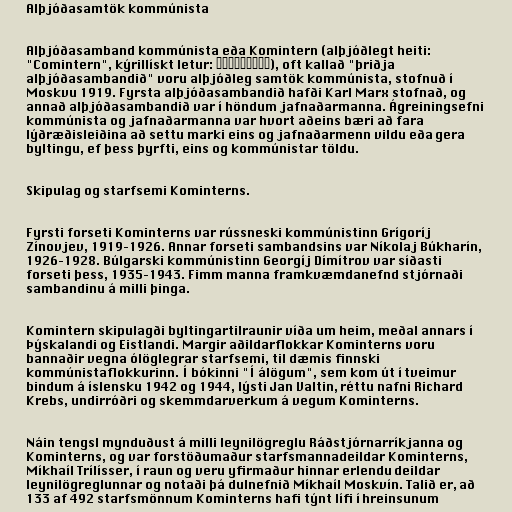
Alþjóðasamtök kommúnista

Alþjóðasamband kommúnista eða Komintern (alþjóðlegt heiti:
"Comintern", kýrillískt letur: Коминтерн), oft kallað "þriðja
alþjóðasambandið" voru alþjóðleg samtök kommúnista, stofnuð í
Moskvu 1919. Fyrsta alþjóðasambandið hafði Karl Marx stofnað, og
annað alþjóðasambandið var í höndum jafnaðarmanna. Ágreiningsefni
kommúnista og jafnaðarmanna var hvort aðeins bæri að fara
lýðræðisleiðina að settu marki eins og jafnaðarmenn vildu eða gera
byltingu, ef þess þyrfti, eins og kommúnistar töldu.

Skipulag og starfsemi Kominterns.

Fyrsti forseti Kominterns var rússneski kommúnistinn Grígoríj
Zínovjev, 1919–1926. Annar forseti sambandsins var Níkolaj Búkharín,
1926–1928. Búlgarski kommúnistinn Georgíj Dímítrov var síðasti
forseti þess, 1935–1943. Fimm manna framkvæmdanefnd stjórnaði
sambandinu á milli þinga.

Komintern skipulagði byltingartilraunir víða um heim, meðal annars í
Þýskalandi og Eistlandi. Margir aðildarflokkar Kominterns voru
bannaðir vegna ólöglegrar starfsemi, til dæmis finnski
kommúnistaflokkurinn. Í bókinni "Í álögum", sem kom út í tveimur
bindum á íslensku 1942 og 1944, lýsti Jan Valtin, réttu nafni Richard
Krebs, undirróðri og skemmdarverkum á vegum Kominterns.

Náin tengsl mynduðust á milli leynilögreglu Ráðstjórnarríkjanna og
Kominterns, og var forstöðumaður starfsmannadeildar Kominterns,
Míkhaíl Trílísser, í raun og veru yfirmaður hinnar erlendu deildar
leynilögreglunnar og notaði þá dulnefnið Míkhaíl Moskvín. Talið er, að
133 af 492 starfsmönnum Kominterns hafi týnt lífi í hreinsunum